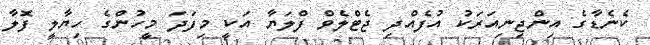
ކެނެޑާގެ އިންޖިނިއަރަކު އުފެއްދި ޖެޓްލެވް ފްލަޔާ އަކީ މިފަދަ މީހުންގެ ހިޔާލީ ފޮލާ